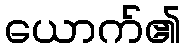
ယောက်၏